65_HS1-834228961_62-HQ-83894_Section_9
Agency: FBI
Page 130
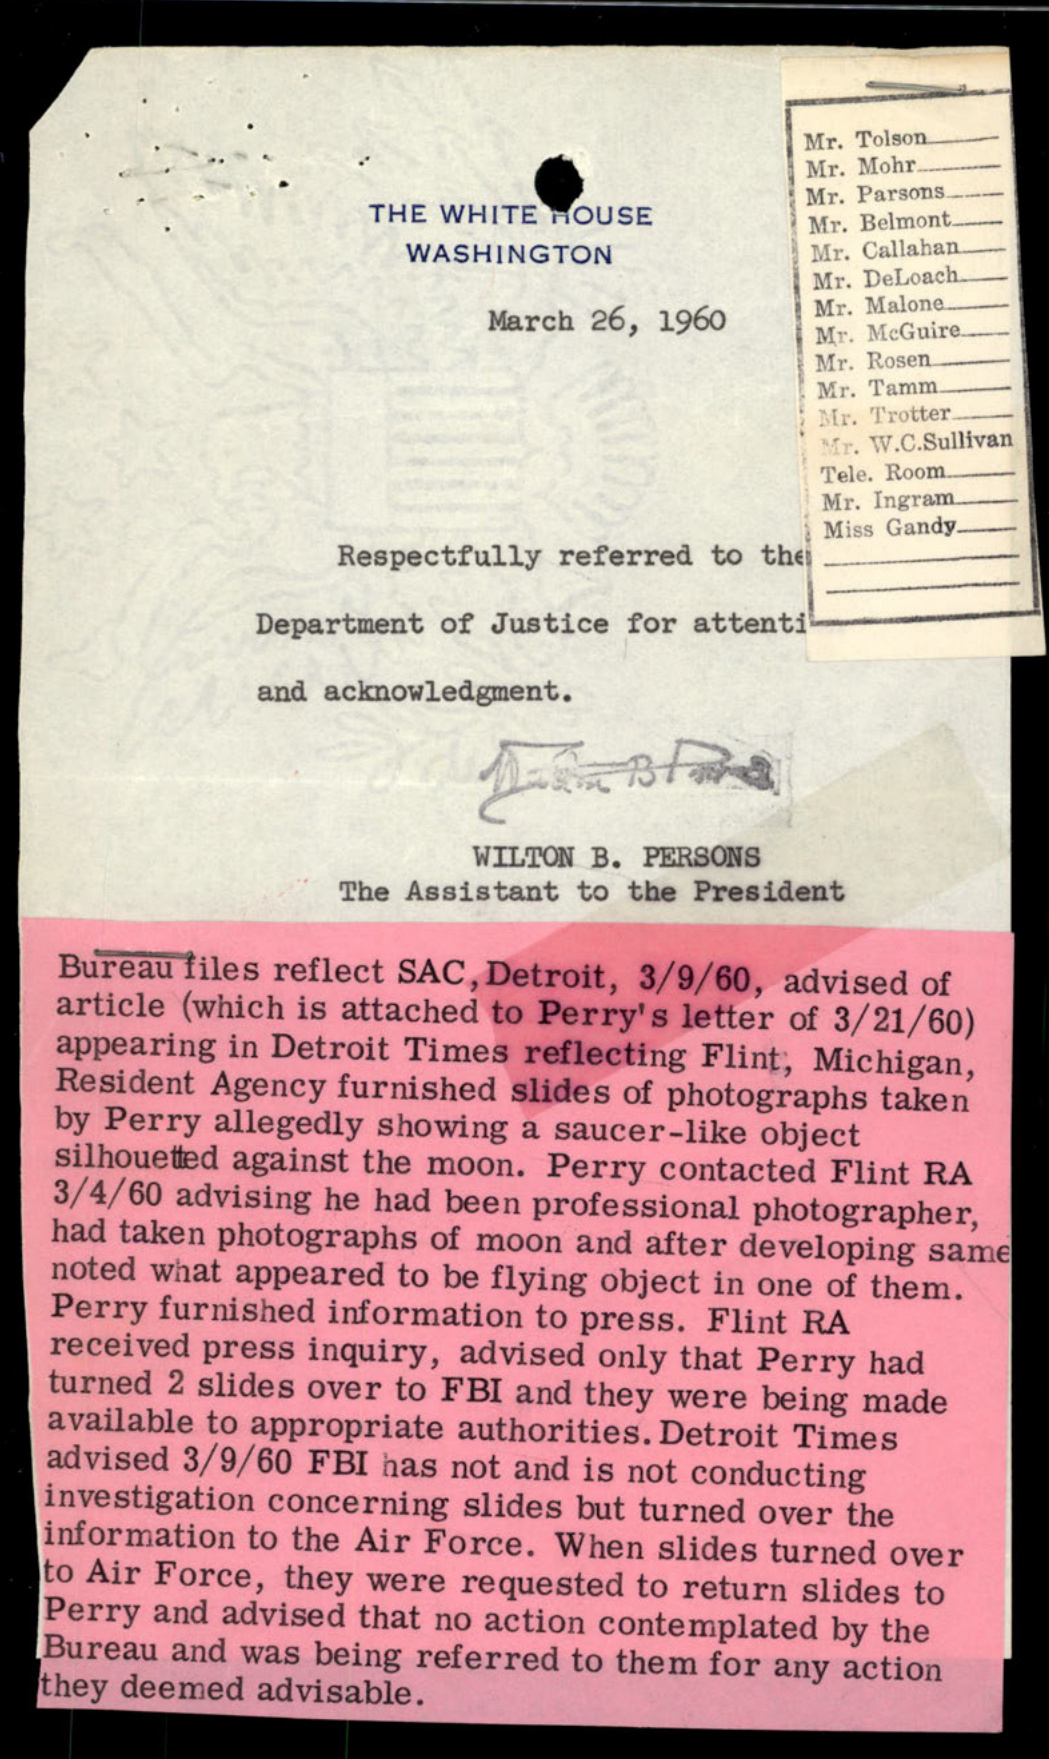